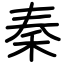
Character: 秦